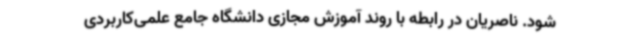
شود. ناصریان در رابطه با روند آموزش مجازی دانشگاه جامع علمی‌کاربردی